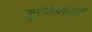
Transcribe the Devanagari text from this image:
कुरणामधुनी